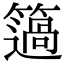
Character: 簻